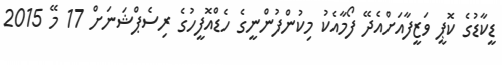
ޑީކާޑުގެ ކޮޕީ ވަޒީފާއަށްއެދޭ ފޯމާއެކު މިކުންފުންނީގެ ހެޑްއޮފީހުގެ ރިސެޕްޝަނަށް 17 މޭ 2015